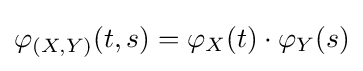
\varphi _{(X,Y)}(t,s)=\varphi _{X}(t)\cdot \varphi _{Y}(s)